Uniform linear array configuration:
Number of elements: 16
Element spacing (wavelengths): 0.75
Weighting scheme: hann
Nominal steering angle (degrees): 30
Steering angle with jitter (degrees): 30.705
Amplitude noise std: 0.05
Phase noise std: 0.05

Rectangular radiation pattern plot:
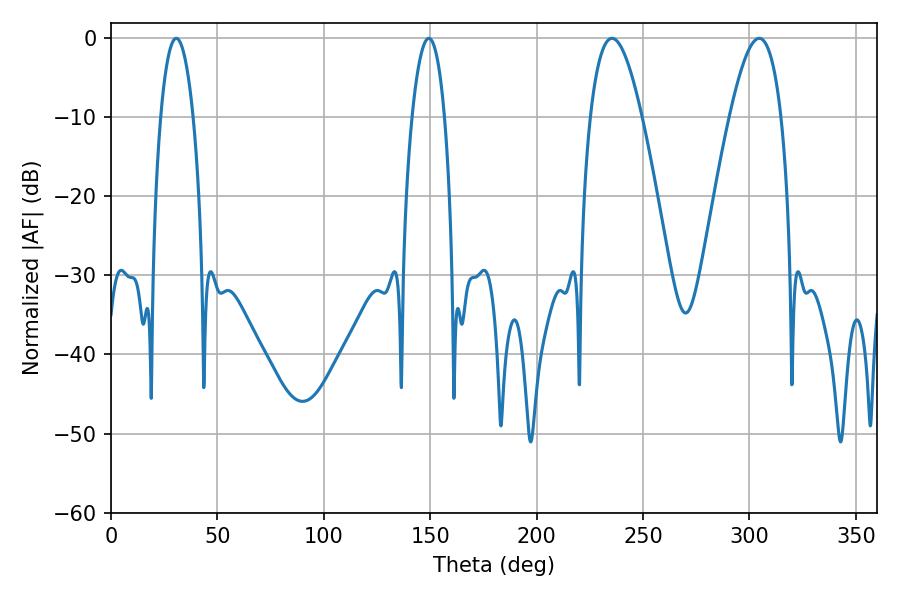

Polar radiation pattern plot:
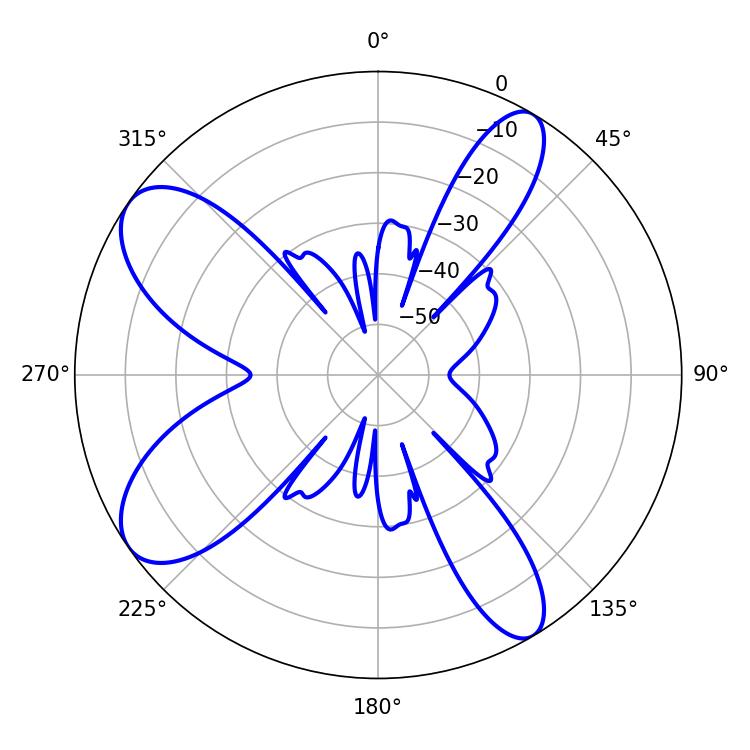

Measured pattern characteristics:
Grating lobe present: TRUE
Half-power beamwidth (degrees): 13.32
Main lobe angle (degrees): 304.56